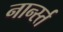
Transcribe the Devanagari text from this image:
नार्न्स्त